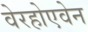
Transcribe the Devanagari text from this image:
वेरहोएवेन